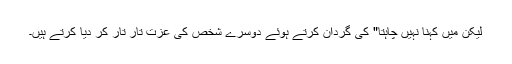
لیکن میں کہنا نہیں چاہتا" کی گردان کرتے ہوئے دوسرے شخص کی عزت تار تار کر دیا کرتے ہیں۔